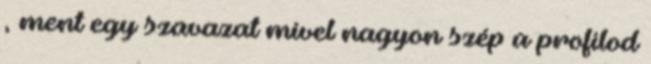
, ment egy szavazat mivel nagyon szép a profilod